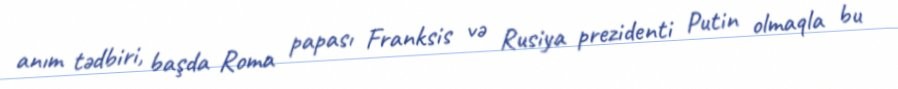
anım tədbiri, başda Roma papası Franksis və Rusiya prezidenti Putin olmaqla bu